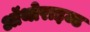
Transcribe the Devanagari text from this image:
ऑथोराइज्ड